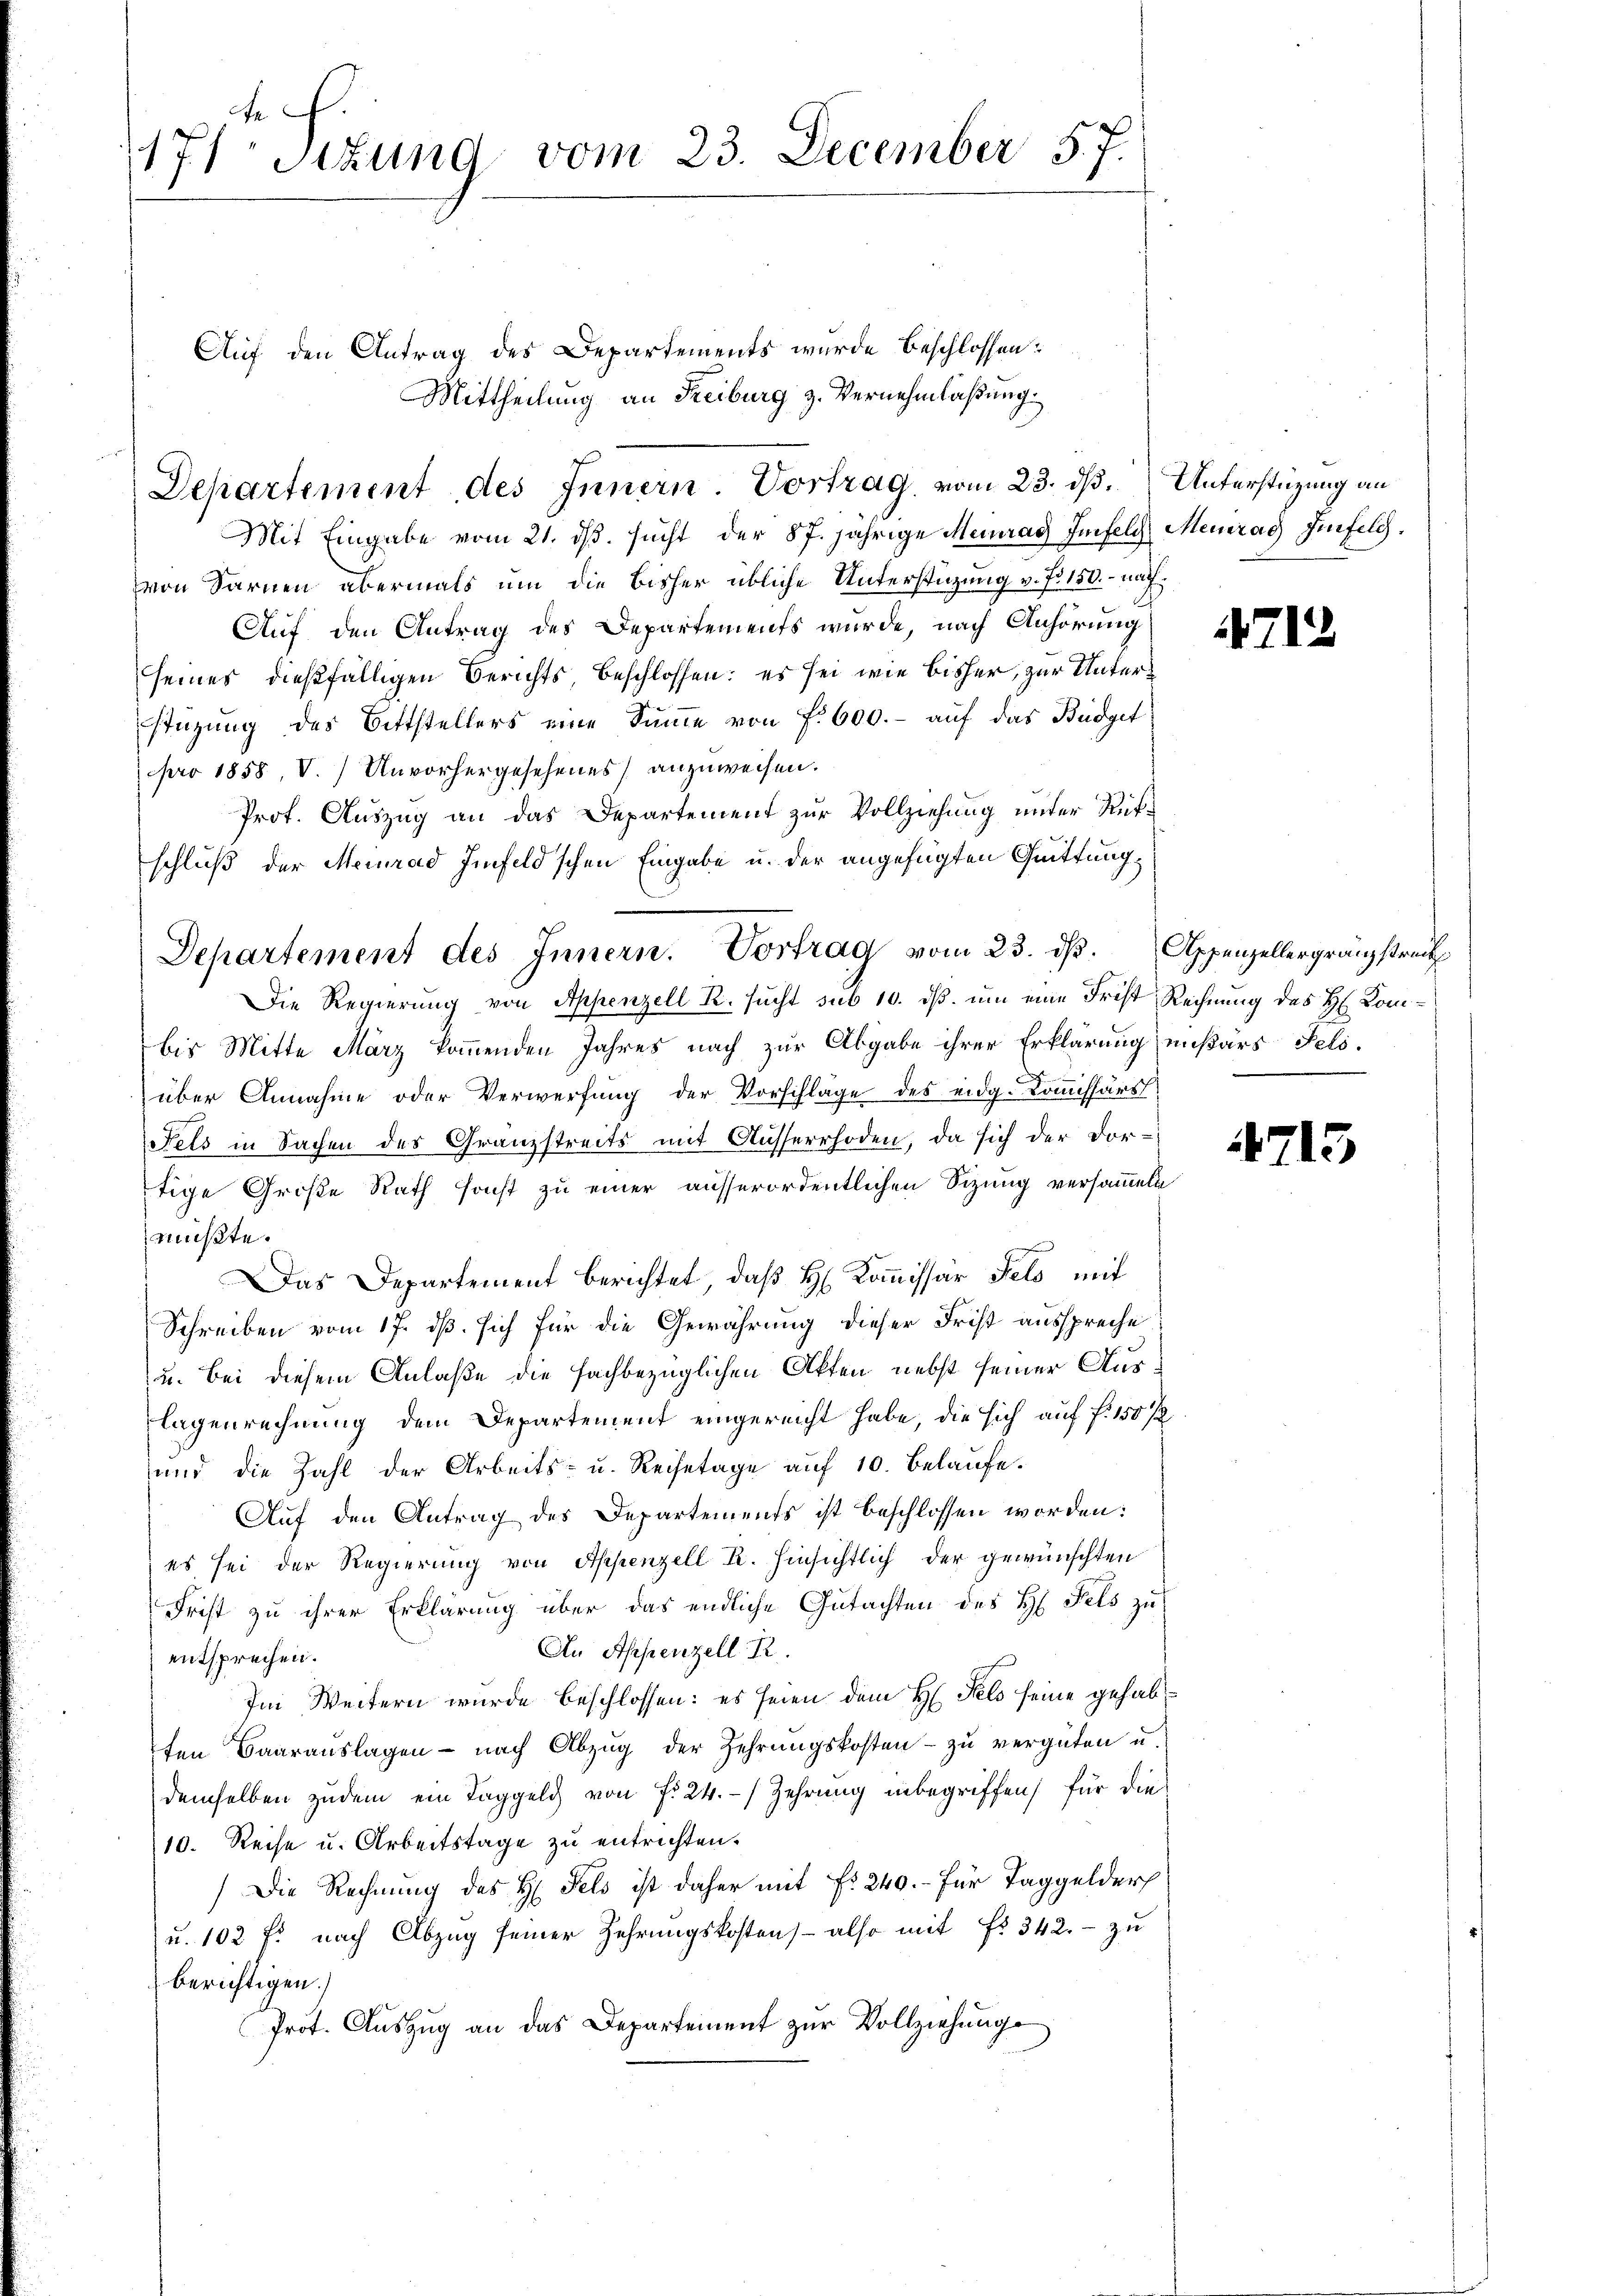
t f.
171 sizung vom 23. December 5.7.

Mittheilung an Freiburg z. Vernehmlaßung.
Departement des Innern. Vortrag, vom 23. dß. Unterstüzung an

Auf den Antrag des Departements wurde beschlossen:
Mit Eingabe vom 21. dβ. sucht der 87. jährige Meinrad Imfeld Meinrad Gifelg.
von Sarnen abermals um die bisher übliche Unterstüzung v. J. 150.- nach
Auf den Antrag des Departements wurde, nach Anhörung.
seines dießfälligen Berichts, beschlossen: es sei wie bisher, zur Unterstüzung des Bittstellers eine Sŭṁe von f. 600.- auf das Büdget
pro 1858, V. Unvorhergesehenes anzuweisen.
Prof. Auszug an das Departement zur Vollziehung unter Rükschluß der Meinrad Imfeld'schen Eingabe u. der angefügten Quittung,
Die Regierung von Appenzell R. sucht sub 10. dß. um eine Frist Rechnung des H. Combis Mitte März kommenden Jahres nach zur Abgabe ihrer Erklärung mißärs Fels.
über Annahme oder Verwerfung der Vorschläge des eidg. Kommissärs
Fels in Sachen des Granzstreits mit Ausserrhoden, da sich der For-
tige Große Rath sonst zu einer ausserordentlichen Sizung versammeln
müßte.
Das Departement berichtet, daß H. Kommissär Fels mit
Schreiben vom 17. dß. sich für die Gewährung dieser Frist ausspreche
u. Bei diesem Anlaße die fachbezüglichen Akten nebst seiner Auslagenrechnung dem Departement eingereicht habe, die sich auf fl. 150 /2
und die Zahl der Arbeits- u. Reisetage auf 10. belaufe.
Auf den Antrag des Departements ist beschlossen worden:
es sei der Regierung von Appenzell R. hinsichtlich der gewünschten
Frist zu ihrer Erklärung über das endliche Gutachten des H. Fels zu
An Appenzell R.
entsprechen.
Im Weitern wurde beschlossen: es seien dem H. Fels seine gehabten Baaraŭslagen nach Abzŭg der Zehrŭngskosten zu vergüten u.
demselben zudem ein Taggeld von f. 24. Zehrung inbegriffen, für die
10. Reise u. Arbeitstage zu entrichten.
Die Rechnung des H. Fels ist daher mit Fr. 240.- für Taggelder
u. 102 f. nach Abzug seiner Zehrungskosten - also mit fr. 342. - zu
berichtigen.)
Prot. Auszug an das Departement zur Vollziehunge

Departement des Innern. Vortrag vom 23. dβ. Appenzellergranzstreck

4712

4715